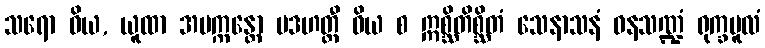
သရော ဝိယ, ယူထာ အပက္ကန္တော မဒဟတ္ထီ ဝိယ စ ဣစ္ဆိတိစ္ဆိတံ သေနာသနံ ဝနသဏ္ဍံ ရုက္ခမူလံ